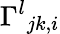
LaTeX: {\Gamma^{l}}_{jk,i}